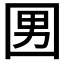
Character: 𡇨